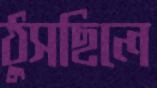
ঠুসছিলে